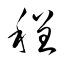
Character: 程